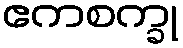
ဧကစက္ခု